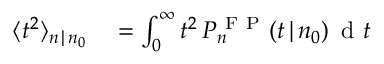
\begin{array} { r l } { \langle t ^ { 2 } \rangle _ { n \, | \, n _ { 0 } } } & { { } = \int _ { 0 } ^ { \infty } t ^ { 2 } \, P _ { n } ^ { \mathrm { ~ F ~ P ~ } } ( t \, | \, n _ { 0 } ) \, \mathrm { ~ d ~ } t } \end{array}